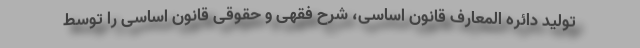
تولید دائره المعارف قانون اساسی، شرح فقهی و حقوقی قانون اساسی را توسط